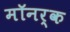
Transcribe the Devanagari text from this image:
मॉनर्क